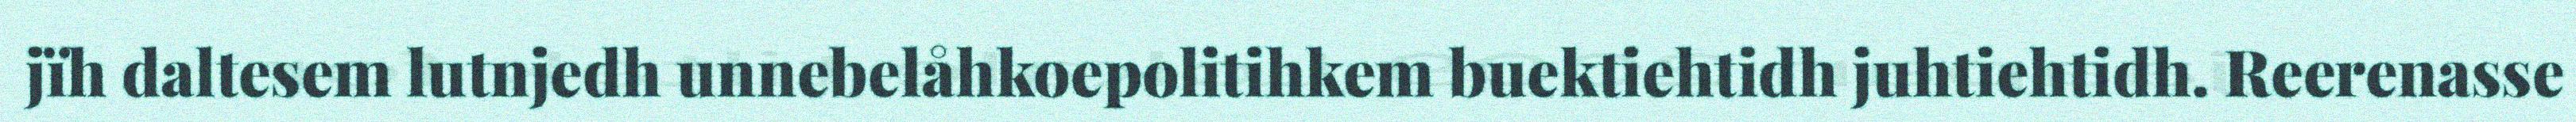
jïh daltesem lutnjedh unnebelåhkoepolitihkem buektiehtidh juhtiehtidh. Reerenasse